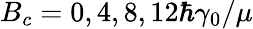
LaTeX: B_{c}=0,4,8,12\hbar\gamma_{0}/\mu